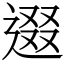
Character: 逫